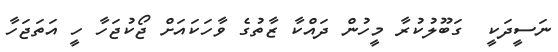
ނަސީދަކީ  ގަބޫލުކުރާ މީހުން ދައްކާ ޒާތުގެ ވާހަކައަށް ޖޯކުޖަހާ ހީ އަތަޖަހާ